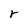
Character: r